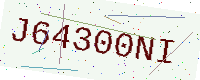
Text: J64300NI